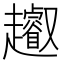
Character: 𧾩